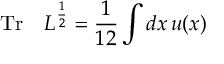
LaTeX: \mathrm { T r } \quad L ^ { \frac { 1 } { 2 } } = { \frac { 1 } { 1 2 } } \int d x \, u ( x )